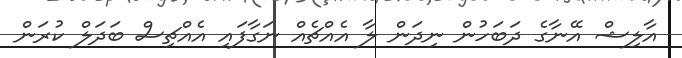
އާލިޝް އޭނާގެ ދަބަހުން ނިދަން ލާ އެއްޗެއް ނަގާފައި އެއްޗިސް ބަދަލް ކުރަން